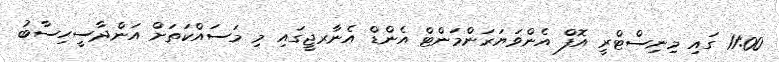
11:00 ގައި މިނިސްޓްރީ އޮފް އެންވަޔަރަންމަންޓް އެންޑް އެނާރޖީގައި މި މަސައްކަތަށް އަންދާސީހިސާބު